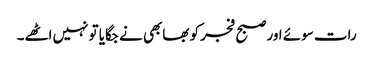
رات سوئے اور صبح فجر کو بھابھی نے جگایا تو نہیں اٹھے۔